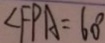
\angle F P A = 6 0 ^ { \circ }